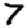
Digit: 7